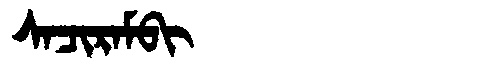
Manchu: ᠰᠠᠴᡳᡵᠠᠮᠪᡳ
Romanization: SACIRAMBI